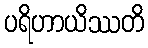
ပရိဟာယိဿတိ